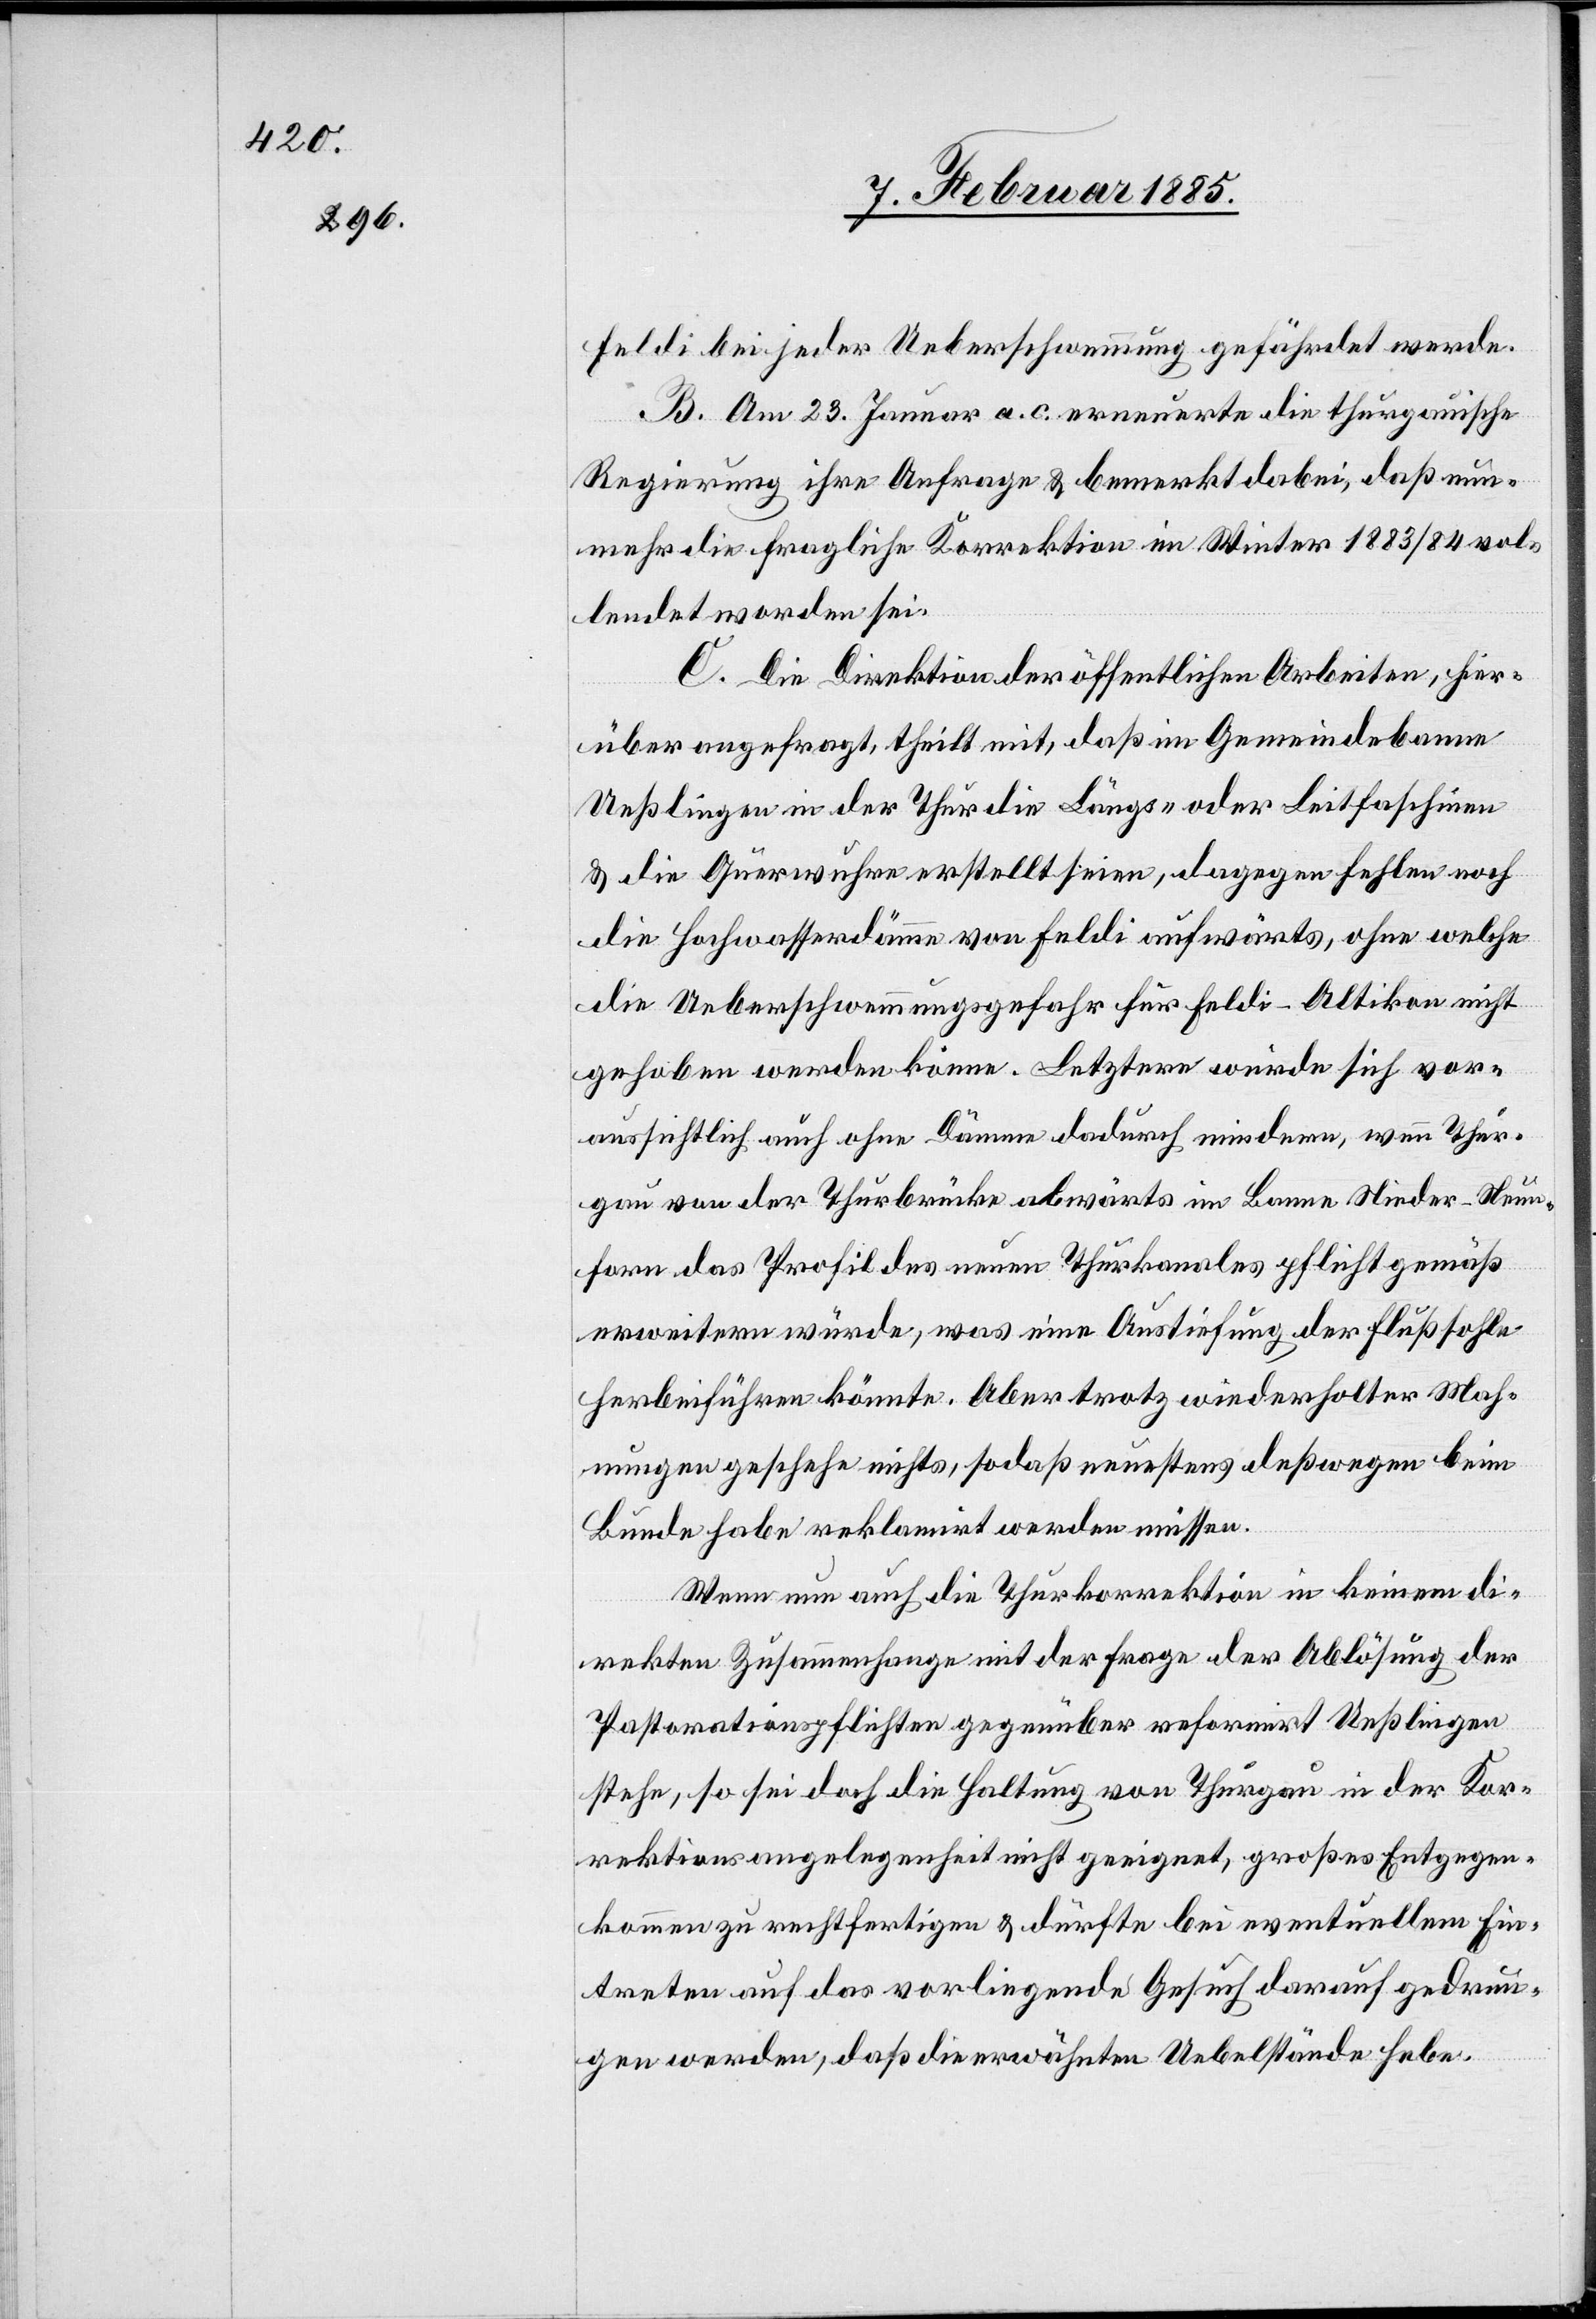
selbst bei jeder Ueberschwemmung gefährdet werde.
B. Am 23. Januar a. c. erneuerte die thurgauische
Regierung ihre Anfrage & bemerkt dabei, daß nun¬
mehr die fragliche Korrektion im Winter 1883/84 vol¬
lendet worden sei.
C. Die Direktion der öffentlichen Arbeiten, hier¬
über angefragt, theilt mit, daß im Gemeindebanne
Ueßlingen in der Thur die Längs- oder Leitfaschinen
& die Querwuhre erstellt seien, dagegen fehlten noch
die Hochwasserdämme von Feldi aufwärts, ohne welche
die Ueberschwemmungsgefahr für Feldi–Attikon nicht
gehoben werden könne. Letztere würde sich vor¬
aussichtlich auch ohne Dämme dadurch mindern, wenn Thur¬
gau von der Thurbrücke abwärts im Banne Nieder-Neun¬
forn das Profil des neuen Thurkanals pflichtgemäß
erweitern würde, was eine Austiefung der Flußsohle
herbeiführen könnte. Aber trotz wiederholter Mah¬
nungen geschehe nichts, sodaß neuestens deßwegen beim
Bunde habe reklamirt werden müssen.
Wenn nun auch die Thurkorrektion in keinem di¬
rekten Zusammenhange mit der Frage der Ablösung der
Pastorationspflichten gegenüber reformirt Ueßlingen
stehe, so sei doch die Haltung von Thurgau in der Kor¬
rektionsangelegenheit nicht geeignet, großes Entgegen¬
kommen zu rechtfertigen & dürfte bei eventuellen Ein¬
treten auf das vorliegende Gesuch darauf gedrun¬
gen werden, daß die erwähnten Uebelstände hebe